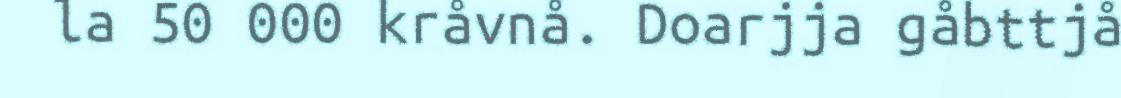
la 50 000 kråvnå. Doarjja gåbttjå